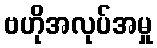
ဗဟိုအလုပ်အမှု